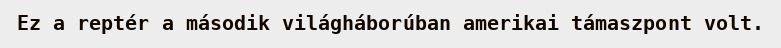
Ez a reptér a második világháborúban amerikai támaszpont volt.